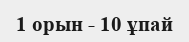
1 орын - 10 ұпай